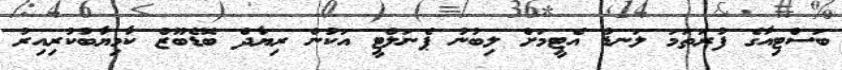
ބަސްޓިއާގެ ފުރަތަމަ ލަނޑު އެޓީމަށް ލިބުނު ޕެނަލްޓީ އަކުން ރިޔާދް ބޮޑެބޫޒް ކާމިޔާބުކުރިއިރު